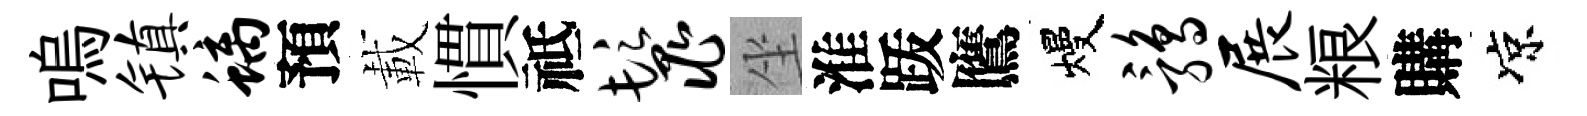
嗚镇螭預載慣祗鬣坐淮䟦鷹熳鹑展粮購凉